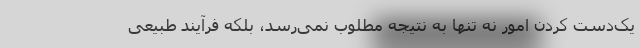
یک‌دست کردن امور نه تنها به نتیجه مطلوب نمی‌رسد، بلکه فرآیند طبیعی